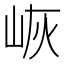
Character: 𱛠